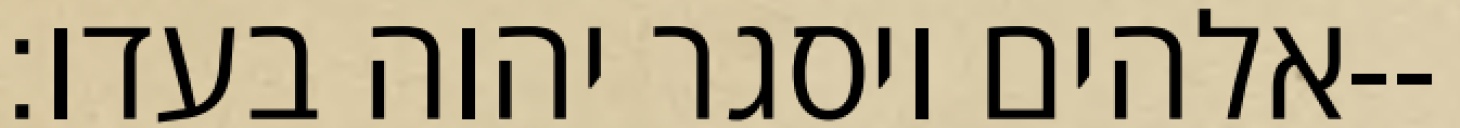
אלהים ויסגר יהוה בעדו׃--